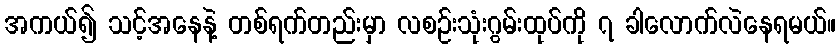
အကယ်၍ သင့်အနေနဲ့ တစ်ရက်တည်းမှာ လစဉ်းသုံးဂွမ်းထုပ်ကို ၇ ခါလောက်လဲနေရမယ်။